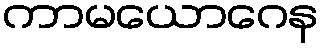
ကာမယောဂေန